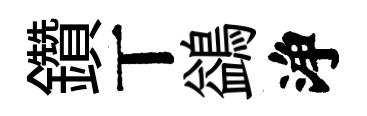
鑽丅鷁浄